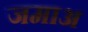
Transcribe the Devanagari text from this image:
जमाअ